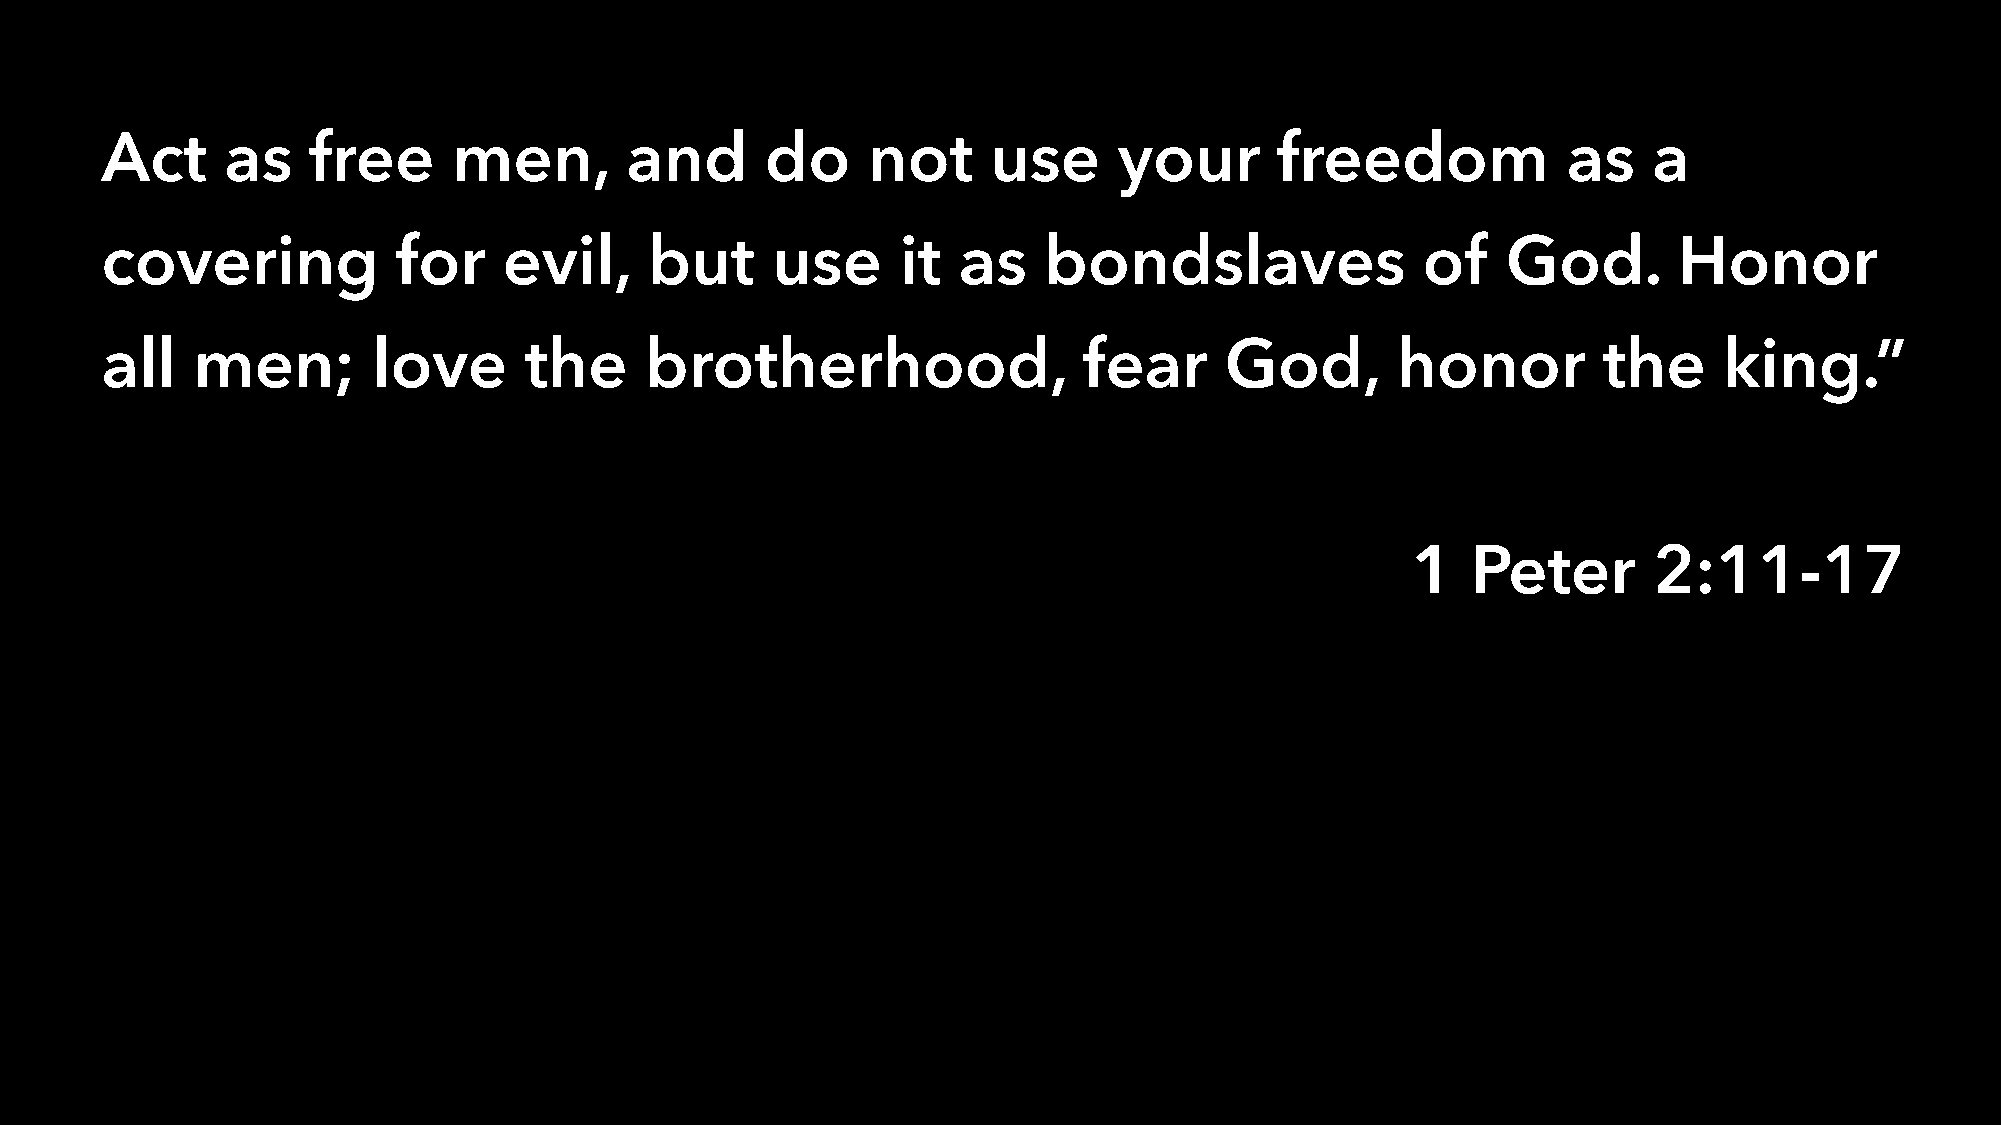
Act     as   free      men,       and       do    not      use     your       freedom            as   a
 covering           for    evil,     but     use      it as    bondslaves               of    God.       Honor
 all   men;        love      the     brotherhood,                 fear     God,       honor         the     king.”
 1   Peter       2:11-17